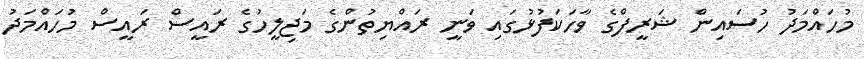
މުހައްމަދު ހުސައިން ޝަރީފްގެ ވާހަކަފުޅުގައި ވަނީ ރައްޔިތުންގެ މަޖިލީހުގެ ރައީސް ރައީސް މުހައްމަދު